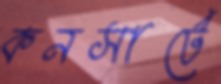
কনসার্টে